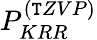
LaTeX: P_{KRR}^{(\mathtt{T}ZVP)}